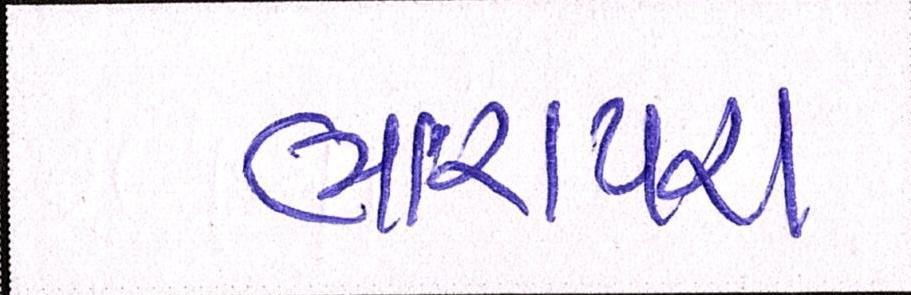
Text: ભારાપરા